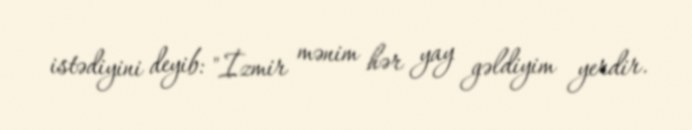
istədiyini deyib: "İzmir mənim hər yay gəldiyim yerdir.